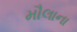
મૌલાના